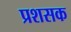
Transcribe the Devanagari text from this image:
प्रशसक